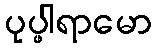
ပုပ္ဖါရာမော